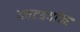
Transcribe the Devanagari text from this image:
काटक्यांवर